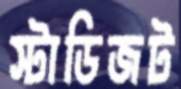
স্টাডিজট